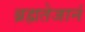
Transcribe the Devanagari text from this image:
ब्रह्मतेजानं